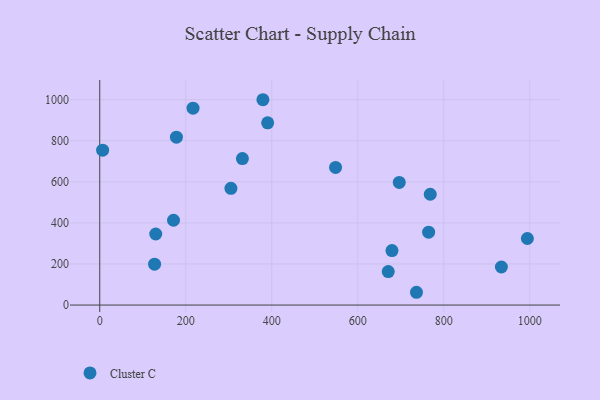
{"axis": {"x": "Investment", "y": "Profit"}, "legend": ["Cluster C"], "data": [{"x": "670.8", "y": 162.9, "type": "Cluster C"}, {"x": "127.5", "y": 199.1, "type": "Cluster C"}, {"x": "390.4", "y": 887.3, "type": "Cluster C"}, {"x": "736.4", "y": 62.2, "type": "Cluster C"}, {"x": "994.3", "y": 324.0, "type": "Cluster C"}, {"x": "679.5", "y": 265.4, "type": "Cluster C"}, {"x": "768.5", "y": 539.6, "type": "Cluster C"}, {"x": "216.9", "y": 958.8, "type": "Cluster C"}, {"x": "696.4", "y": 597.0, "type": "Cluster C"}, {"x": "331.7", "y": 713.2, "type": "Cluster C"}, {"x": "764.7", "y": 354.8, "type": "Cluster C"}, {"x": "130.2", "y": 346.0, "type": "Cluster C"}, {"x": "933.9", "y": 185.3, "type": "Cluster C"}, {"x": "305.0", "y": 568.5, "type": "Cluster C"}, {"x": "6.7", "y": 754.1, "type": "Cluster C"}, {"x": "178.3", "y": 817.7, "type": "Cluster C"}, {"x": "171.5", "y": 413.0, "type": "Cluster C"}, {"x": "548.3", "y": 670.2, "type": "Cluster C"}, {"x": "379.4", "y": 999.9, "type": "Cluster C"}]}